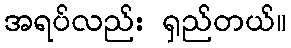
အရပ်လည်း ရှည်တယ်။